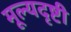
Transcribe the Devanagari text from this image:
मूल्यदृष्टी